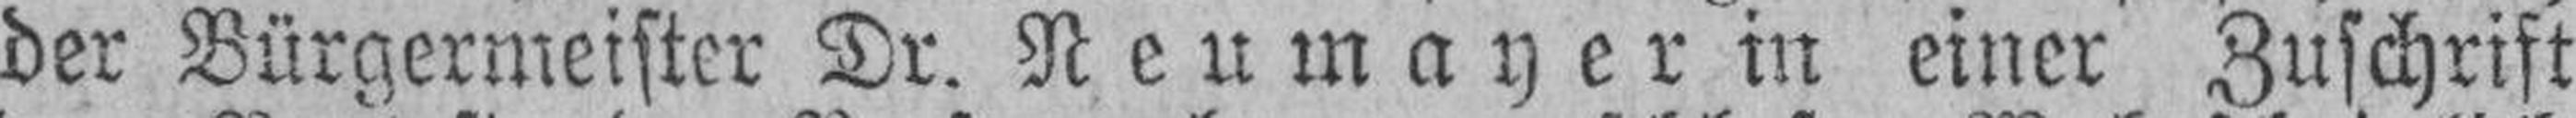
der Bürgermeister Dr. Neumayer in einer Zuschrift